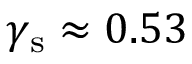
\gamma _ { \mathrm { s } } \approx 0 . 5 3